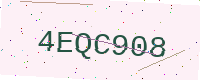
Text: 4EQC908